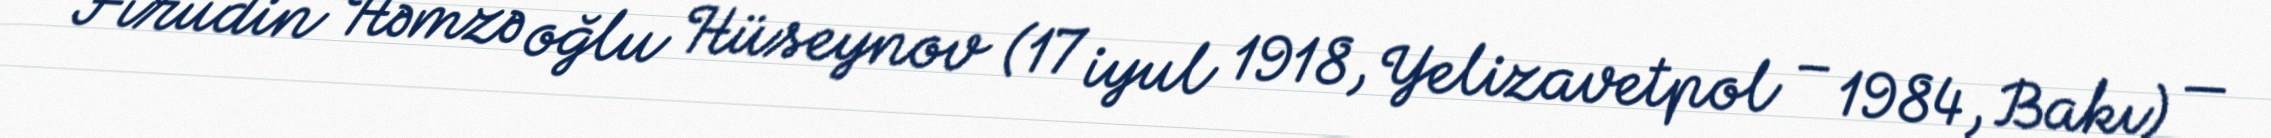
Firudin Həmzə oğlu Hüseynov (17 iyul 1918, Yelizavetpol – 1984, Bakı) —